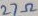
Text: 27Ω